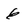
Character: 6